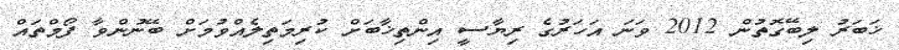
ޚަބަރު ލިބޭގޮތުން 2012 ވަނަ އަހަރުގެ ރިޔާސީ އިންތިޚާބަށް ކުރިމަތިލެއްވުމަށް ބޭނުންވާ ފޯމްތައް